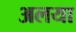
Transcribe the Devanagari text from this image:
अलया